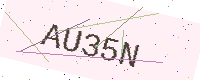
Text: AU35N